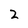
Character: 2